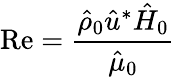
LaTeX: \mathrm{Re}=\frac{\hat{\rho}_{0}\hat{u}^{*}\hat{H}_{0}}{\hat{\mu}_{0}}